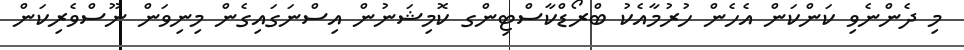
މި ދެންނެވި ކަންކަން އެހެން ހުރުމާއެކު ބްރޯޑްކާސްޓިންގ ކޮމިޝަނުން އިސްނަގައިގެން މިނިވަން ނޫސްވެރިކަން